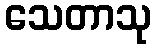
သေတာသု